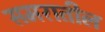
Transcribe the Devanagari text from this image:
समरातील